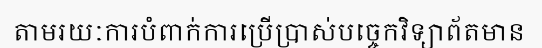
តាមរយៈការបំពាក់ការប្រើប្រាស់បច្ចេកវិទ្យាព័តមាន